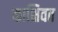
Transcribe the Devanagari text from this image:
काक्षिवत